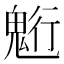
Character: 䰢